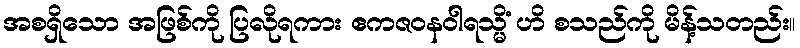
အစရှိသော အဖြစ်ကို ပြလိုရကား ဧကဇဝနဝါရသ္မိံ ဟိ စသည်ကို မိန့်သတည်း။